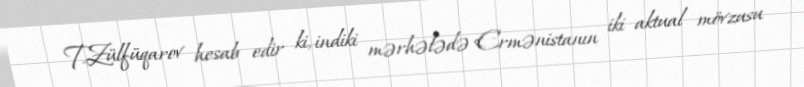
T.Zülfüqarov hesab edir ki, indiki mərhələdə Ermənistanın iki aktual mövzusu